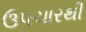
ઉપચારથી